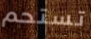
تستحم